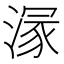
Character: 溕